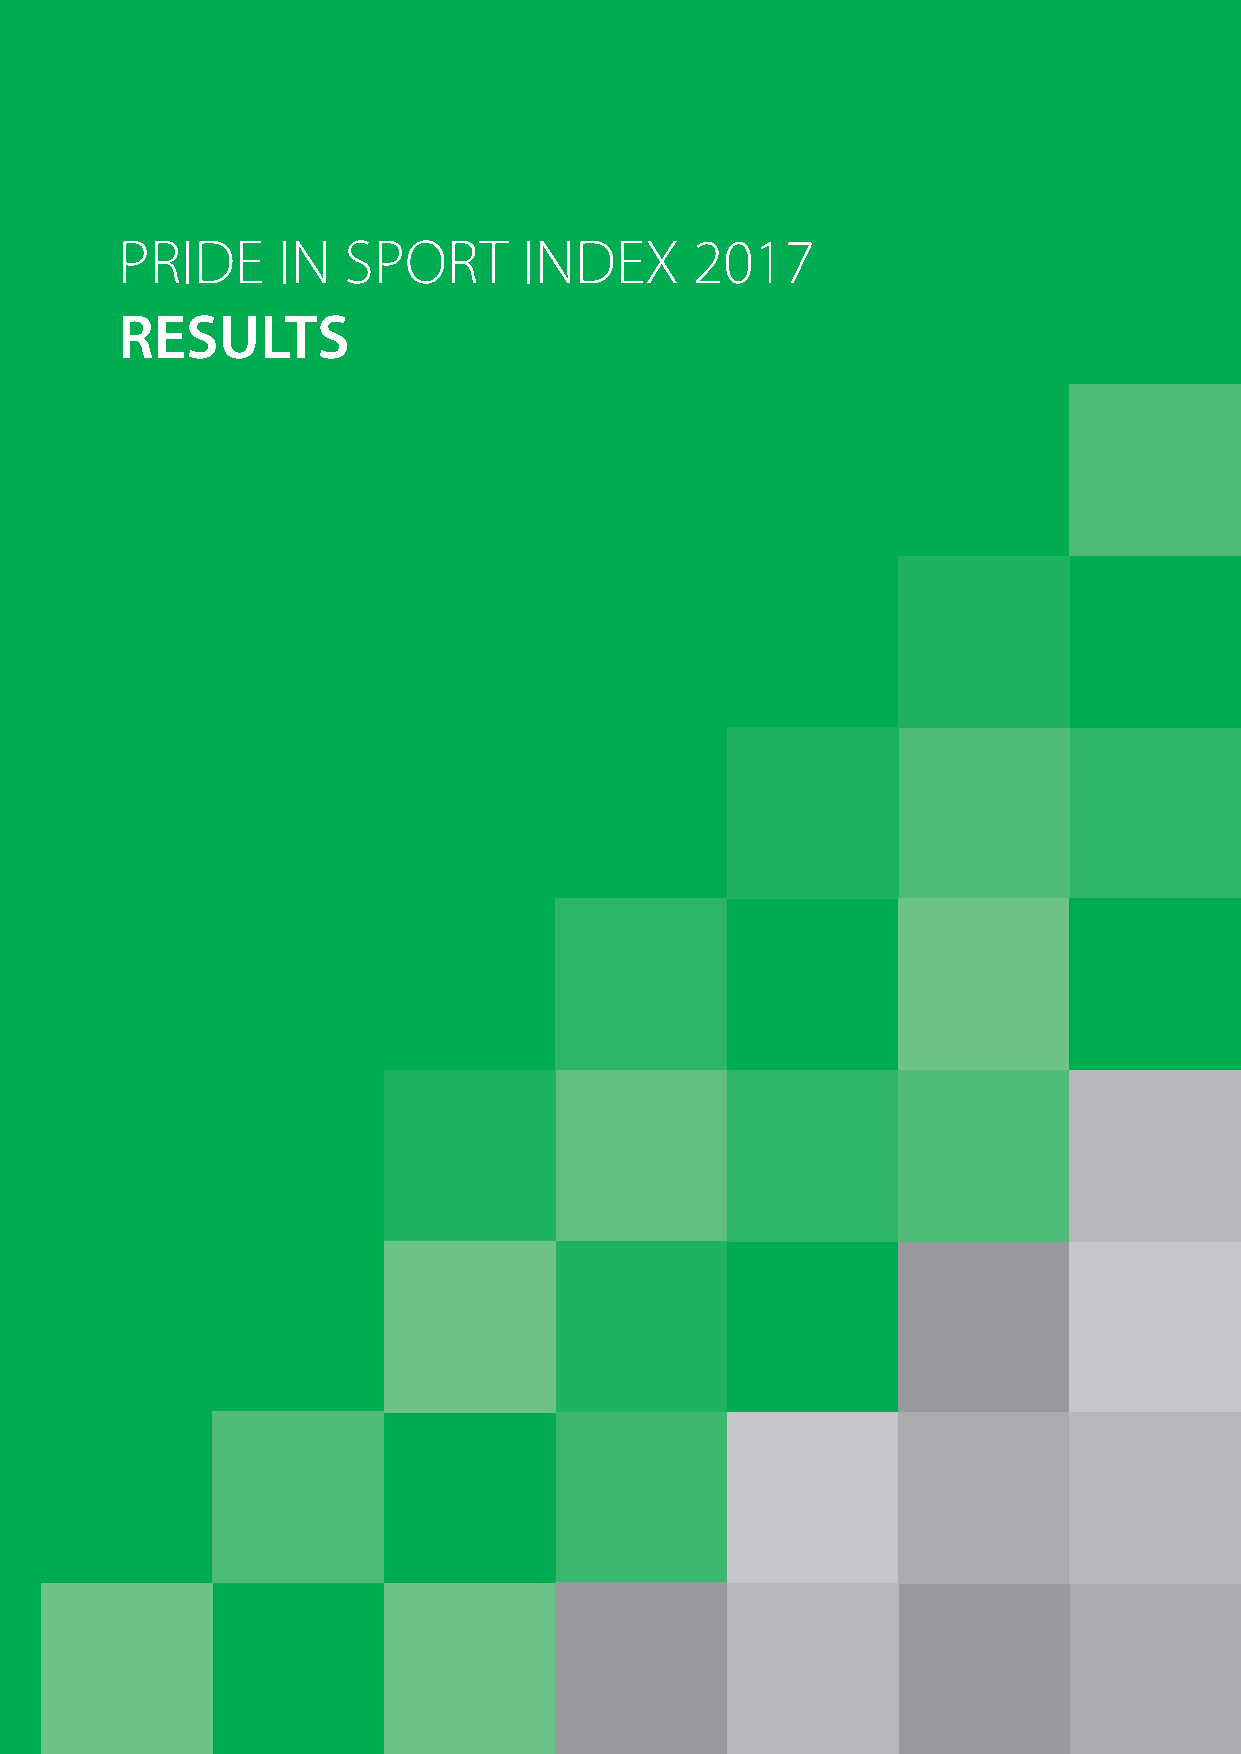
PRIDE     IN   SPORT       INDEX      2017
 RESULTS